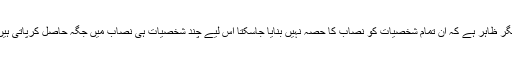
مگر ظاہر ہے کہ ان تمام شخصیات کو نصاب کا حصہ نہیں بنایا جاسکتا اس لیے چند شخصیات ہی نصاب میں جگہ حاصل کرپاتی ہیں۔